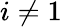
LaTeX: i\neq 1